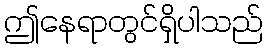
ဤနေရာတွင်ရှိပါသည်